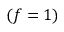
( f = 1 )